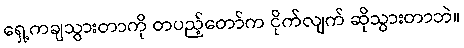
ရှေ့ကချသွားတာကို တပည့်တော်က ငိုက်လျက် ဆိုသွားတာဘဲ။